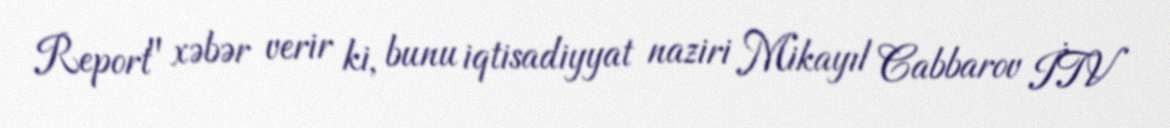
Report" xəbər verir ki, bunu iqtisadiyyat naziri Mikayıl Cabbarov İTV